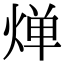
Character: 𬊤